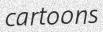
cartoons